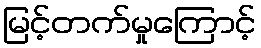
မြင့်တက်မှုကြောင့်